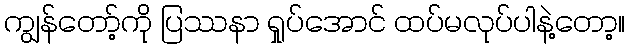
ကျွန်တော့်ကို ပြဿနာ ရှုပ်အောင် ထပ်မလုပ်ပါနဲ့တော့။